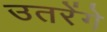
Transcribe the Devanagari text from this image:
उतरेंगे